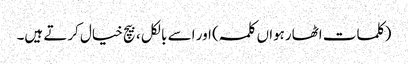
(کلمات اٹھارہواں کلمہ ) اور اسے بالکل ، بیچ خیال کرتے ہیں۔